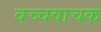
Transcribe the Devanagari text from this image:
वच्चवाचक